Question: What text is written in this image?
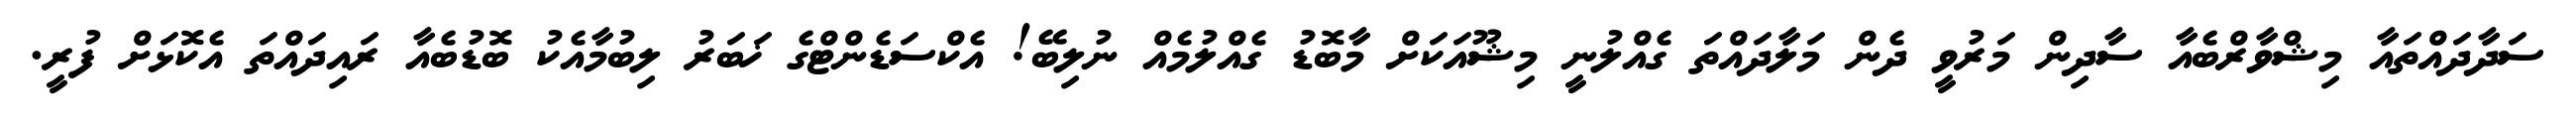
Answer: ސަދާދައްތައާ މިޝްވާރްބެއާ ސާދިން މަރުވީ ދެން މަލާދައްތަ ގެއްލުނީ މިޝޫއަކަށް މާބޮޑު ގެއްލުމެއް ނުލިބޭ! އެކްސަޑެންޓްގެ ޚަބަރު ލިބުމާއެކު ބޮޑުބެއާ ރައިދައްތަ އެކޮޅަށް ފުރީ.